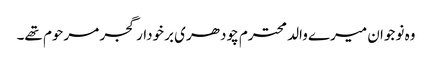
وہ نوجوان میرے والد محترم چودھری برخودار گجر مرحوم تھے۔